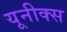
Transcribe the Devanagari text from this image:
यूनीक्स